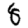
Digit: 8